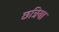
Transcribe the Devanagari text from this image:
छत्रिया